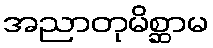
အညာတုမိစ္ဆာမ